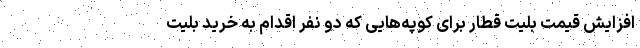
افزایش قیمت بلیت قطار برای کوپه‌هایی که دو نفر اقدام به خرید بلیت